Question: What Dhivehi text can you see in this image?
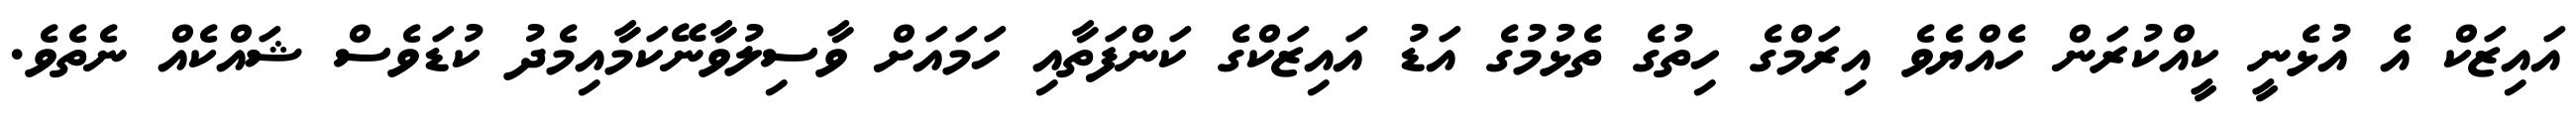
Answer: އައިޒަކް އެ އުޅެނީ ކީއްކުރަން ހެއްޔެވެ އިރަމްގެ ހިތުގެ ތެޅުމުގެ އަޑު އައިޒަކްގެ ކަންފަތާއި ހަމައަށް ވާސިލުވާނޭކަމާއިމެދު ކުޑަވެސް ޝައްކެއް ނެތެވެ.